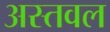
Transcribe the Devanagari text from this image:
अस्तवल